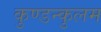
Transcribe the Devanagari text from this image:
कुण्डन्कुलम